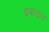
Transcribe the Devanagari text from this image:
इवाइल